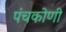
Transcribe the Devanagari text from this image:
पंचकोणी